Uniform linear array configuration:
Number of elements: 12
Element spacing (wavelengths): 0.5
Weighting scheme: exponential
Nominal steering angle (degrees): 30
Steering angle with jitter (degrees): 28.393
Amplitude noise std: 0.05
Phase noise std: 0.05

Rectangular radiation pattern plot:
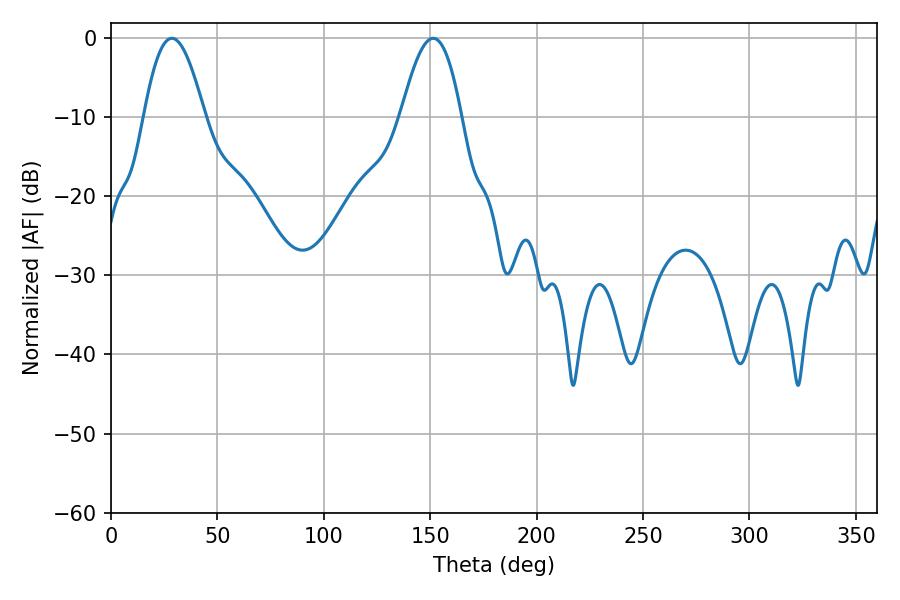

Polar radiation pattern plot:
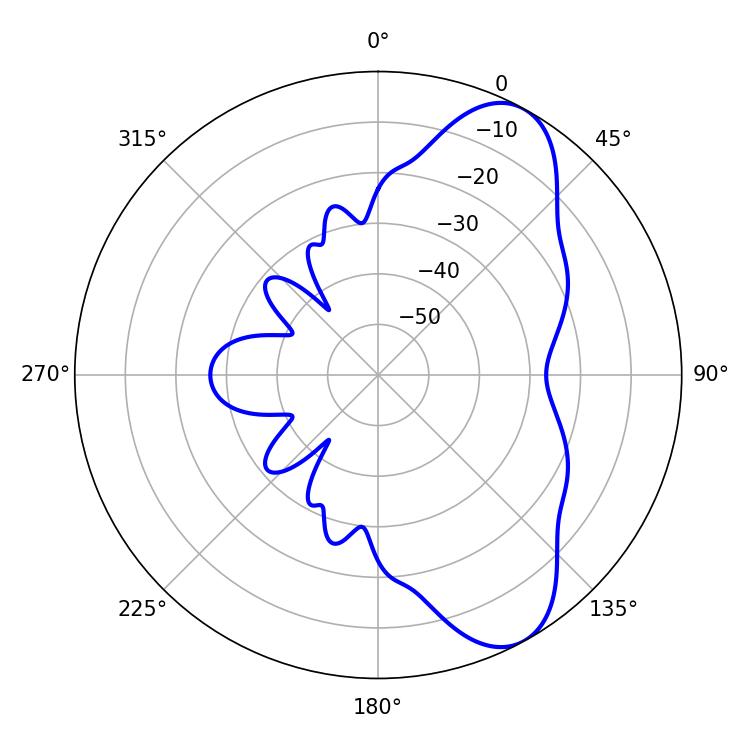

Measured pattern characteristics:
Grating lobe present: FALSE
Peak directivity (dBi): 8.203
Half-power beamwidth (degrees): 15.48
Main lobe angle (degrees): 28.62